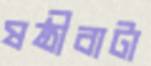
ষষ্ঠীবাটা